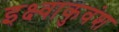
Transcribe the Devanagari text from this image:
इक्ष्वाकुवंश